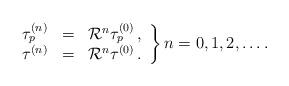
LaTeX: \begin{align*}\left.\begin{array}{rcl}\tau_p^{(n)} & = & {\cal R}^n \tau_p^{(0)} \,, \\\tau^{(n)} & = & {\cal R}^n \tau^{(0)} \,.\end{array}\right\}n = 0,1,2,\ldots .\end{align*}